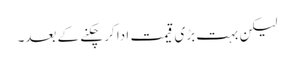
لیکن بہت بڑی قیمت ادا کر چکنے کے بعد۔